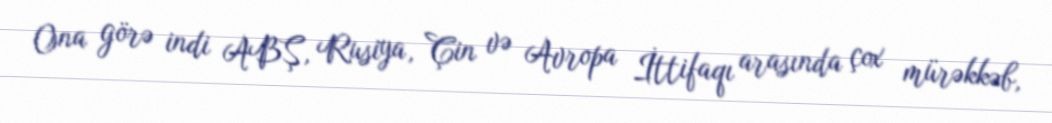
Ona görə indi ABŞ, Rusiya, Çin və Avropa İttifaqı arasında çox mürəkkəb,